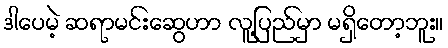
ဒါပေမဲ့ ဆရာမင်းဆွေဟာ လူ့ပြည်မှာ မရှိတော့ဘူး။